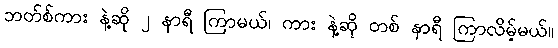
ဘတ်စ်ကား နဲ့ဆို ၂ နာရီ ကြာမယ်၊ ကား နဲ့ဆို တစ် နာရီ ကြာလိမ့်မယ်။